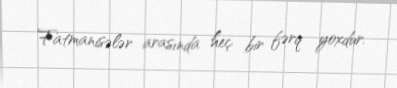
Fatmanisələr arasında heç bir fərq yoxdur.